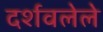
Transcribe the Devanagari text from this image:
दर्शवलेले